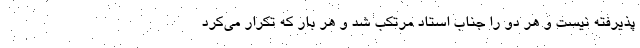
پذیرفته نیست و هر دو را جناب استاد مرتکب شد و هر بار که تکرار می‌کرد